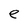
Character: e